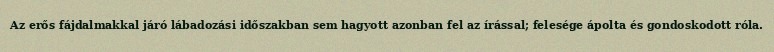
Az erős fájdalmakkal járó lábadozási időszakban sem hagyott azonban fel az írással; felesége ápolta és gondoskodott róla.